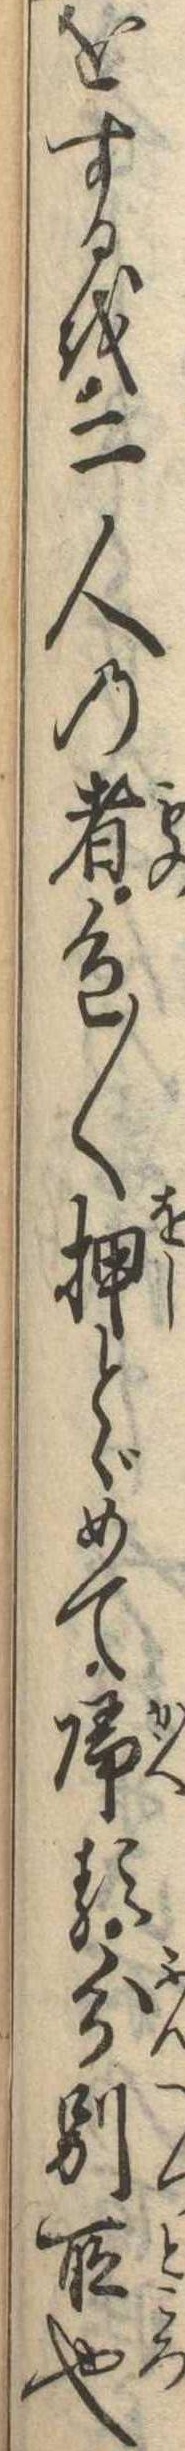
をするを二人の者色〱押とゞめて帰る分別所也